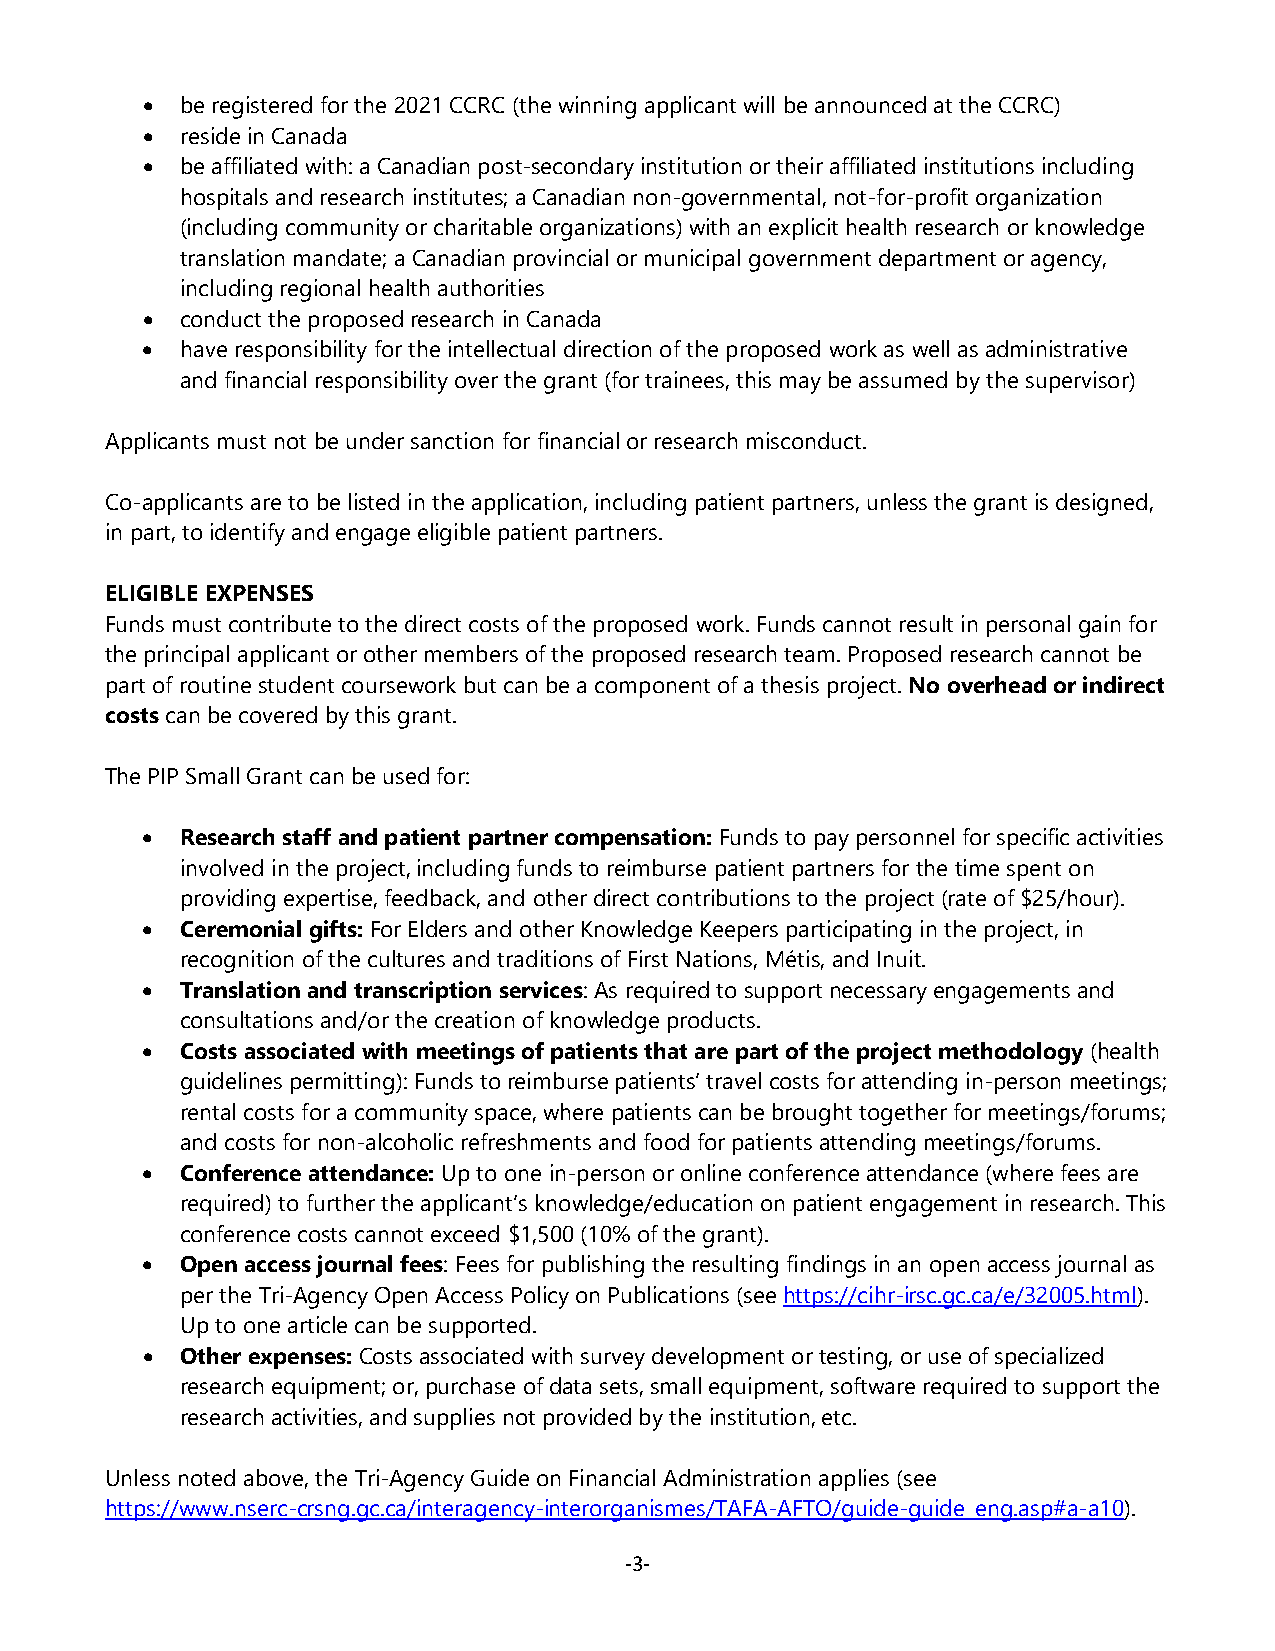
•  be registered for the 2021 CCRC (the winning applicant will be announced at the CCRC)
 •  reside in Canada
 •  be affiliated with: a Canadian post-secondary institution or their affiliated institutions including
 hospitals and research institutes; a Canadian non-governmental, not-for-profit organization
 (including community or charitable organizations) with an explicit health research or knowledge
 translation mandate; a Canadian provincial or municipal government department or agency,
 including regional health authorities
 •  conduct the proposed research in Canada
 •  have responsibility for the intellectual direction of the proposed work as well as administrative
 and financial responsibility over the grant (for trainees, this may be assumed by the supervisor)
 Applicants must not be under sanction for financial or research misconduct.
 Co-applicants are to be listed in the application, including patient partners, unless the grant is designed,
 in part, to identify and engage eligible patient partners.
 ELIGIBLE EXPENSES
 Funds must contribute to the direct costs of the proposed work. Funds cannot result in personal gain for
 the principal applicant or other members of the proposed research team. Proposed research cannot be
 part of routine student coursework but can be a component of a thesis project. No overhead or indirect
 costs can be covered by this grant.
 The PIP Small Grant can be used for:
 •  Research staff and patient partner compensation: Funds to pay personnel for specific activities
 involved in the project, including funds to reimburse patient partners for the time spent on
 providing expertise, feedback, and other direct contributions to the project (rate of $25/hour).
 •  Ceremonial gifts: For Elders and other Knowledge Keepers participating in the project, in
 recognition of the cultures and traditions of First Nations, Métis, and Inuit.
 •  Translation and transcription services: As required to support necessary engagements and
 consultations and/or the creation of knowledge products.
 •  Costs associated with meetings of patients that are part of the project methodology (health
 guidelines permitting): Funds to reimburse patients’ travel costs for attending in-person meetings;
 rental costs for a community space, where patients can be brought together for meetings/forums;
 and costs for non-alcoholic refreshments and food for patients attending meetings/forums.
 •  Conference attendance: Up to one in-person or online conference attendance (where fees are
 required) to further the applicant’s knowledge/education on patient engagement in research. This
 conference costs cannot exceed $1,500 (10% of the grant).
 •  Open access journal fees: Fees for publishing the resulting findings in an open access journal as
 per the Tri-Agency Open Access Policy on Publications (see https://cihr-irsc.gc.ca/e/32005.html).
 Up to one article can be supported.
 •  Other expenses: Costs associated with survey development or testing, or use of specialized
 research equipment; or, purchase of data sets, small equipment, software required to support the
 research activities, and supplies not provided by the institution, etc.
 Unless noted above, the Tri-Agency Guide on Financial Administration applies (see
 https://www.nserc-crsng.gc.ca/interagency-interorganismes/TAFA-AFTO/guide-guide_eng.asp#a-a10).
 ‐3‐